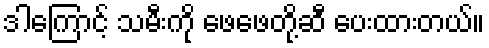
ဒါကြောင့် သမီးကို ဖေဖေတို့ဆီ ပေးထားတယ်။